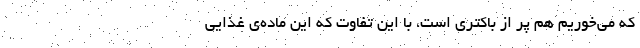
که می‌خوریم هم پر از باکتری است، با این تفاوت که این ماده‌ی غذایی